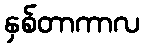
နှစ်တာကာလ